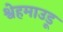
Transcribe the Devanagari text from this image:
श्वेहमाउडू